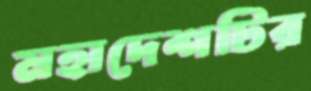
মহাদেশটির